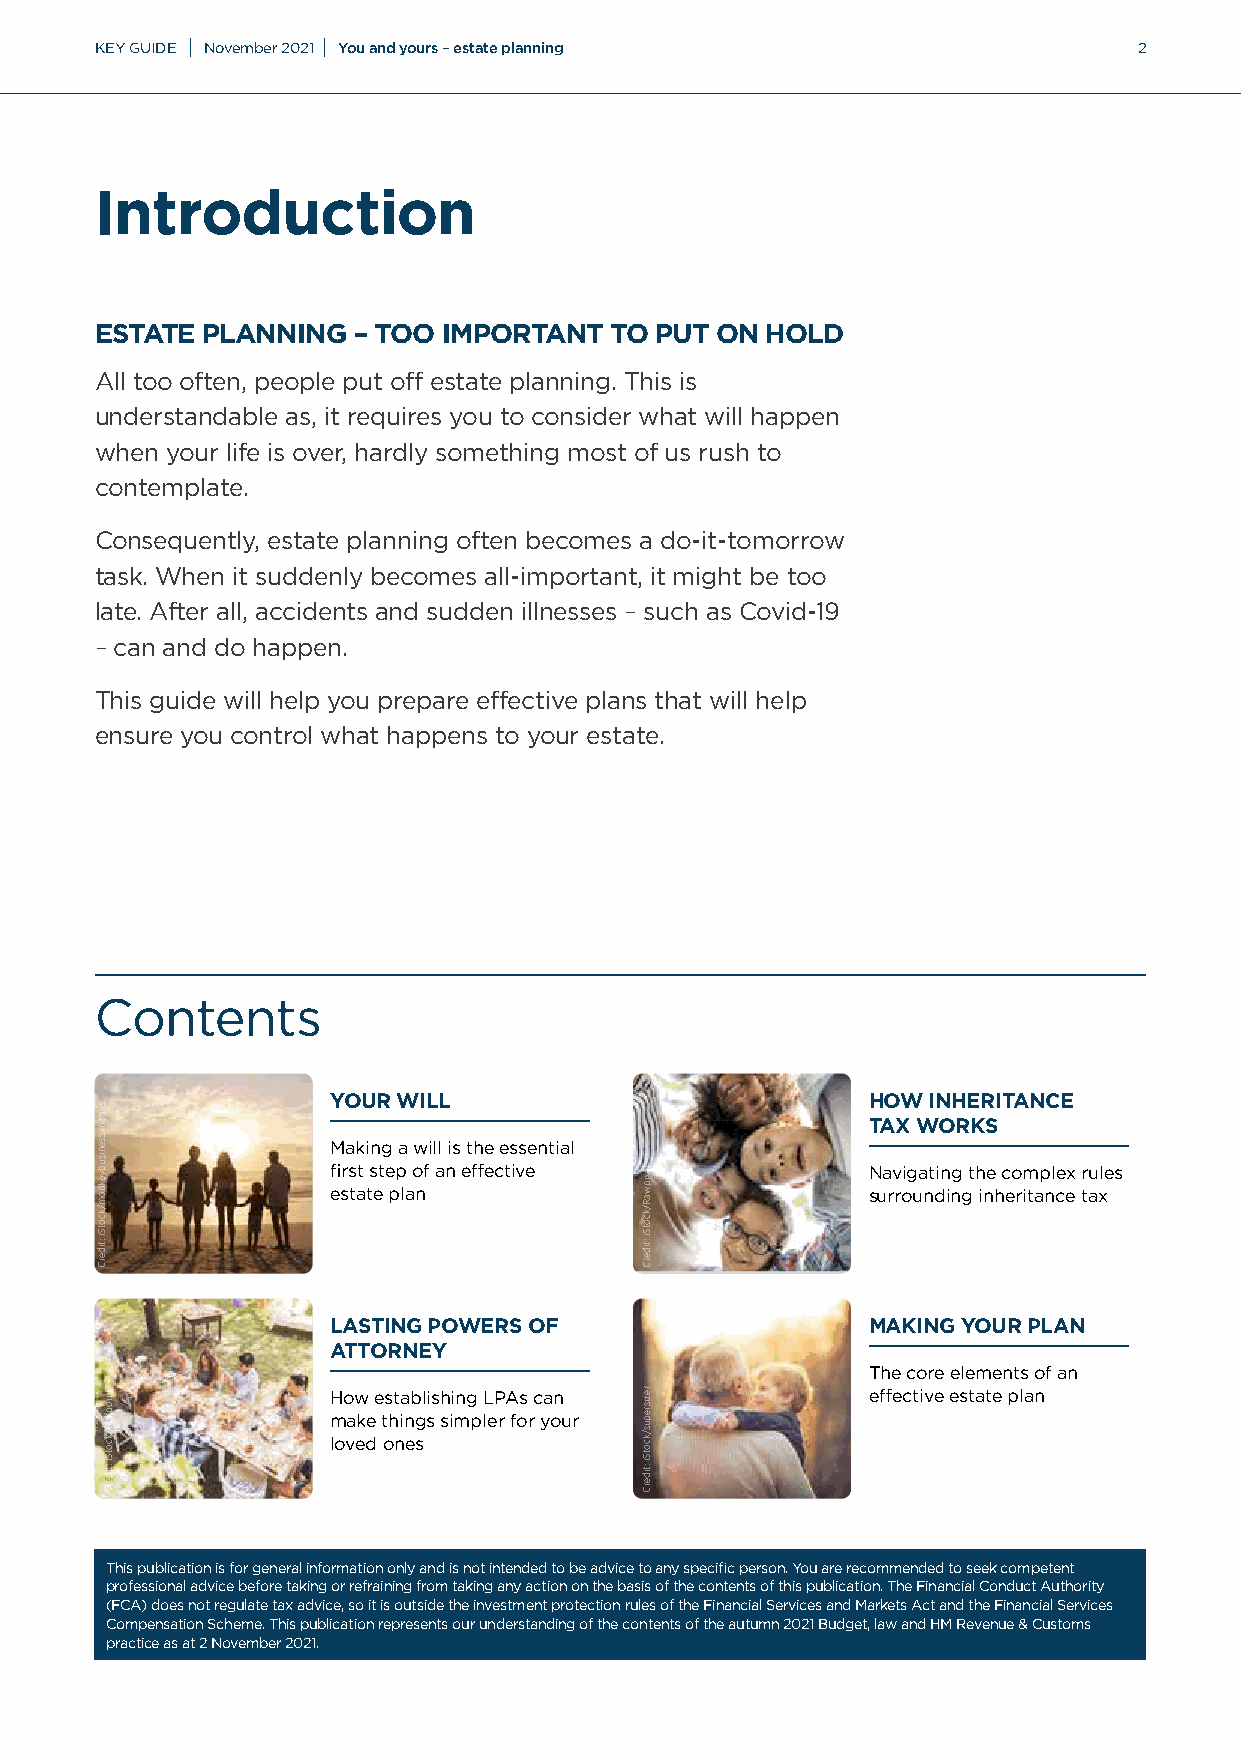
KEY GUIDE | November 2021 | You and yours – estate planning          2
 Introduction
 ESTATE PLANNING  – TOO IMPORTANT  TO PUT ON  HOLD
 All too often, people put off estate planning. This is
 understandable as, it requires you to consider what will happen
 when your life is over, hardly something most of us rush to
 contemplate.
 Consequently, estate planning often becomes a do-it-tomorrow
 task. When it suddenly becomes all-important, it might be too
 late. After all, accidents and sudden illnesses – such as Covid-19
 – can and do happen.
 This guide will help you prepare effective plans that will help
 ensure you control what happens to your estate.
 Contents
 YOUR WILL                          HOW INHERITANCE
 TAX WORKS
 Making a will is the essential
 first step of an effective         Navigating the complex rules
 estate plan                        surrounding inheritance tax
 LASTING POWERS OF                  MAKING YOUR PLAN
 ATTORNEY
 The core elements of an
 How establishing LPAs can          effective estate plan
 make things simpler for your
 loved ones
 This publication is for general information only and is not intended to be advice to any specific person. You are recommended to seek competent
 professional advice before taking or refraining from taking any action on the basis of the contents of this publication. The Financial Conduct Authority
 (FCA) does not regulate tax advice, so it is outside the investment protection rules of the Financial Services and Markets Act and the Financial Services
 Compensation Scheme. This publication represents our understanding of the contents of the autumn 2021 Budget, law and HM Revenue & Customs
 practice as at 2 November 2021.
 segamissenisubyeknom/kcotSi
 :tiderC
 tniopflaH/kcotSi
 :tiderC
 lexipwaR/kcotSi
 :tiderC
 rezisrepus/kcotSi
 :tiderC